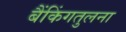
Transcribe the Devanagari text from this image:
बैंकिंगतुलना